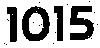
1015